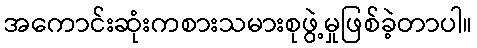
အကောင်းဆုံးကစားသမားစုဖွဲ့မှုဖြစ်ခဲ့တာပါ။